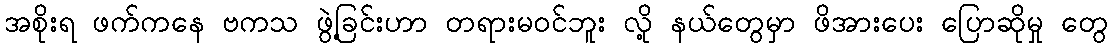
အစိုးရ ဖက်ကနေ ဗကသ ဖွဲ့ခြင်းဟာ တရားမဝင်ဘူး လို့ နယ်တွေမှာ ဖိအားပေး ပြောဆိုမှု တွေ